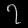
Digit: ၇